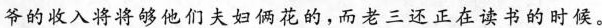
爷的收入将\underset{·}{将}\underset{·}{将}够他们夫妇俩花的，而老三还正在读书的时候。